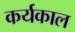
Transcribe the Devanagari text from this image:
कर्यकाल